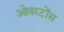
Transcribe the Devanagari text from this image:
ओवरटोंस